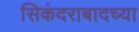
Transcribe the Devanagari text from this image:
सिकंदराबादच्या